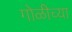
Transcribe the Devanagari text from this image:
गोळीच्या